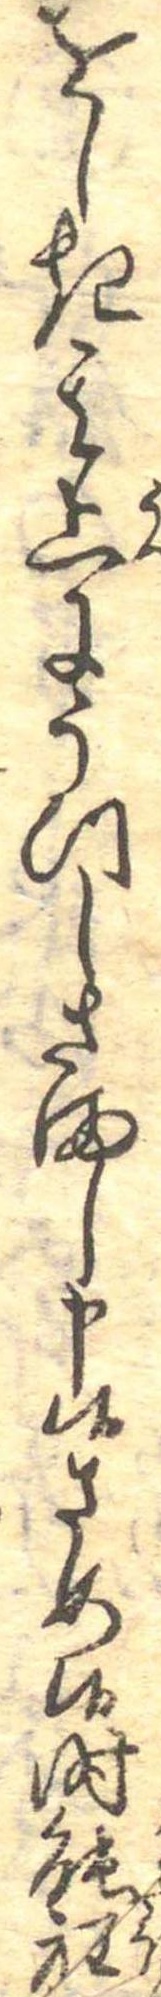
をしき其上にうつしさまし申候さめ候時能程